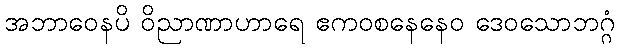
အဘာဝေနပိ ဝိညာဏာဟာရေ ဧကဝစနေနေဝ ဒေဝသောဘဂ္ဂံ